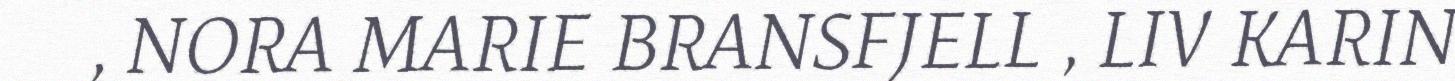
, NORA MARIE BRANSFJELL , LIV KARIN